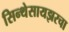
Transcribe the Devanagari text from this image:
सिन्थेसायझरचा